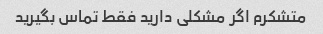
متشکرم اگر مشکلی دارید فقط تماس بگیرید